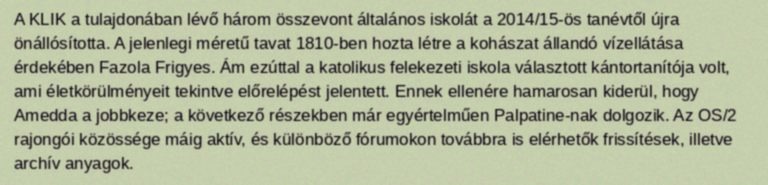
A KLIK a tulajdonában lévő három összevont általános iskolát a 2014/15-ös tanévtől újra önállósította. A jelenlegi méretű tavat 1810-ben hozta létre a kohászat állandó vízellátása érdekében Fazola Frigyes. Ám ezúttal a katolikus felekezeti iskola választott kántortanítója volt, ami életkörülményeit tekintve előrelépést jelentett. Ennek ellenére hamarosan kiderül, hogy Amedda a jobbkeze; a következő részekben már egyértelműen Palpatine-nak dolgozik. Az OS/2 rajongói közössége máig aktív, és különböző fórumokon továbbra is elérhetők frissítések, illetve archív anyagok.